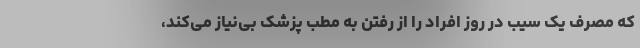
که مصرف یک سیب در روز افراد را از رفتن به مطب پزشک بی‌نیاز می‌کند،